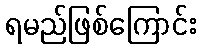
ရမည်ဖြစ်ကြောင်း